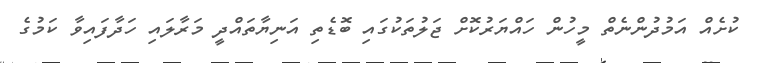
ކުށެއް އަމުދުންނެތް މީހުން ހައްޔަރުކޮށް ޖަލުތަކުގައި ބޮޑެތި އަނިޔާތައްދީ މަރާލައި ހަދާފައިވާ ކަމުގެ